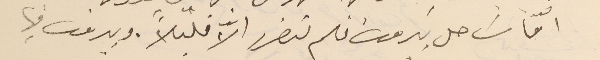
امّا سَاحل بيروت فلم يتضرر الاّ قليلاً. وبيروت فيها